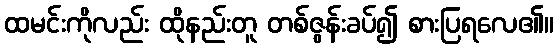
ထမင်းကိုလည်း ထိုနည်းတူ တစ်ဇွန်းခပ်၍ စားပြရလေ၏။